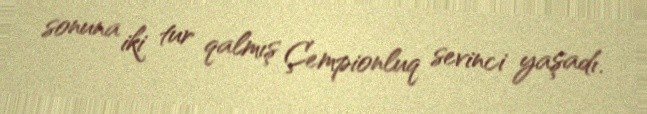
sonuna iki tur qalmış Çempionluq sevinci yaşadı.